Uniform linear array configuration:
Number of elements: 48
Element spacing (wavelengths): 0.75
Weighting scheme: hann
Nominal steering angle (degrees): -60
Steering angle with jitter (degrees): -58.822
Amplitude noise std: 0.05
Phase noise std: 0.05

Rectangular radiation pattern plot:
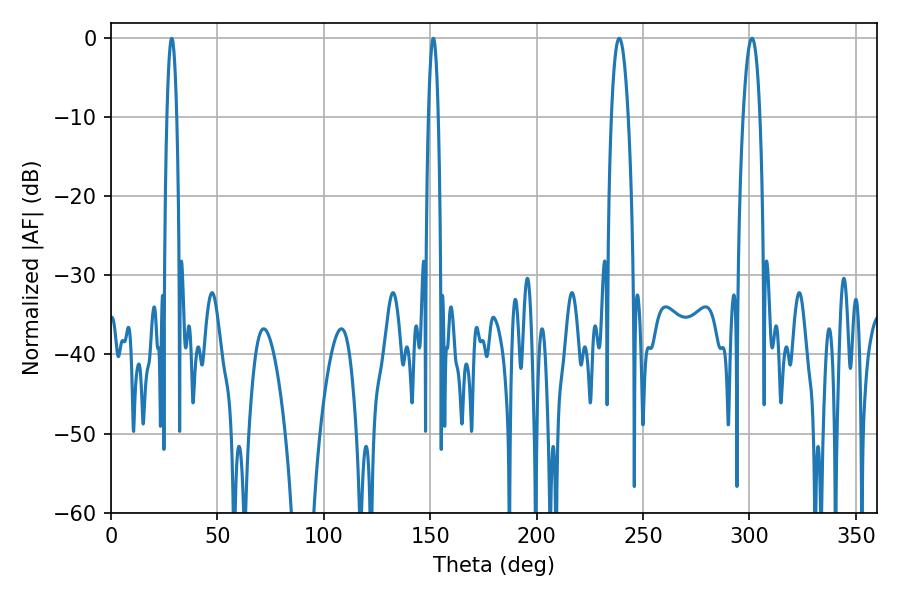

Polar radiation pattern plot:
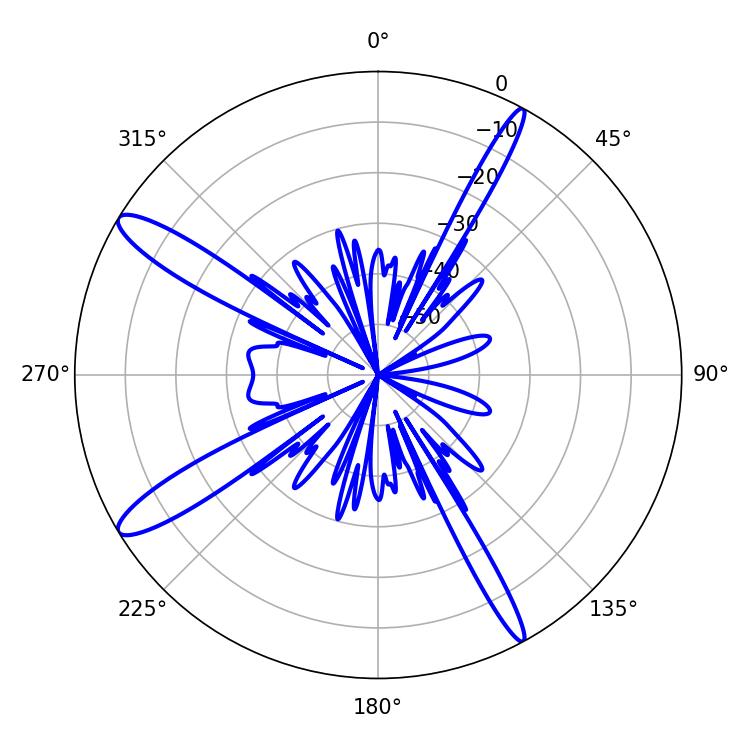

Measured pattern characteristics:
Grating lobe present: TRUE
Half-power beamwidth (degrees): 4.32
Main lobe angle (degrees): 238.86